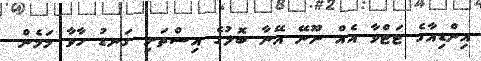
އިންޑިއާގެ ޓަޓްވާ އެއް ނޫނޭ އޭނާ ބޮލުގެ އިސްތަށި ގަނޑު ހާވާ މަމެން